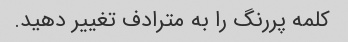
کلمه پررنگ را به مترادف تغییر دهید.